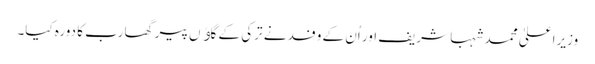
وزیراعلیٰ محمد شہبا شریف اور اُن کے وفد نے ترکی کے گاﺅں پیرگھا رب کا دورہ کیا۔